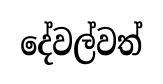
දේවල්වත්